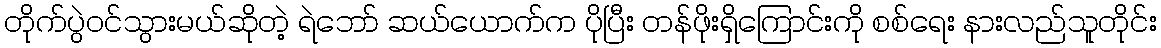
တိုက်ပွဲဝင်သွားမယ်ဆိုတဲ့ ရဲဘော် ဆယ်ယောက်က ပိုပြီး တန်ဖိုးရှိကြောင်းကို စစ်ရေး နားလည်သူတိုင်း